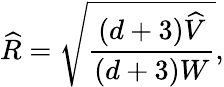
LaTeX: \widehat{R}=\sqrt{\frac{(d+3)\widehat{V}}{(d+3)W}},